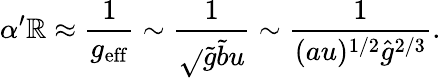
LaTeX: \alpha^{\prime}\mathbb{R}\approx\frac{{1}}{{g_{\mathrm{{eff}}}}}\sim\frac{{1}}{{\sqrt{}{{\tilde{{g}}\tilde{{b}}u}}}}\sim\frac{{1}}{{(au)^{1/2}{\hat{{g}}}^{2/3}}}.